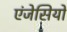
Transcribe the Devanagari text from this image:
एंजेसियों